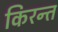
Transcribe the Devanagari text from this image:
किरन्त